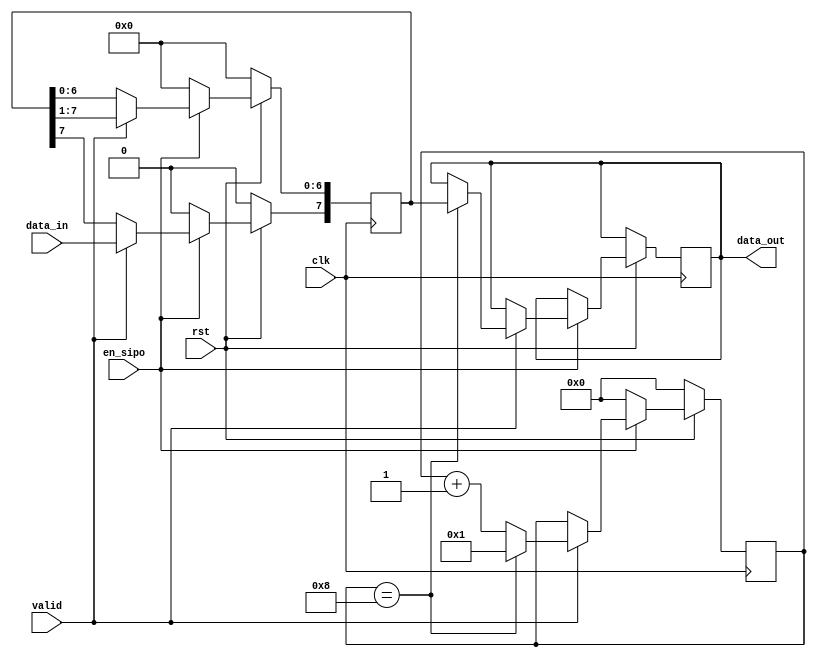
// Serial In Parallel  Out
module sipo(clk, rst, data_in, data_out, en_sipo, valid);

input clk, rst, valid;
input data_in, en_sipo;
output [7:0]data_out;

reg [7:0]data_s;
reg [3:0] cnt;
reg [7:0] data_out;
//assign data_out = (cnt == 4'd8) ? (data_s) : data_out;


always @(posedge clk)
 begin
   if(!rst)
     begin
      data_s <= 8'b0;
      cnt <= 4'd0;
     end
   else
     begin
		if(en_sipo) 
		 begin
		   if(valid)
			  begin
          data_s <= data_s >> 1;
          data_s[7] <= data_in;
        if(cnt == 4'd8)
				  begin
						cnt <= 4'b1;
						data_out <= data_s;
					end	
        else
			begin
           cnt <= cnt + 1;
             
			end
       end
      end
      else
		begin
         data_s <= 8'b0;
          cnt <= 4'd0;
        end
   end
 end

 endmodule